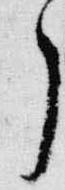
了